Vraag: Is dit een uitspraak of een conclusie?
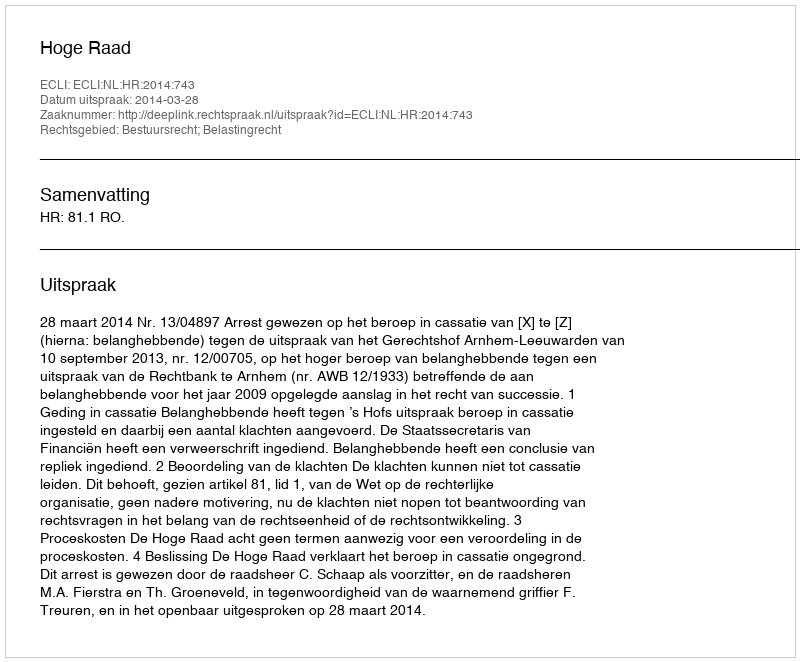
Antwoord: Uitspraak